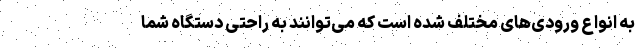
به انواع ورودی‌های مختلف شده است که می‌توانند به راحتی دستگاه شما